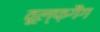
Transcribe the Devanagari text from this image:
वूल्फ़गैंग